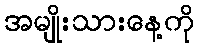
အမျိုးသားနေ့ကို